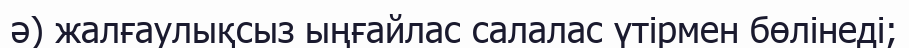
ә) жалғаулықсыз ыңғайлас салалас үтірмен бөлінеді;